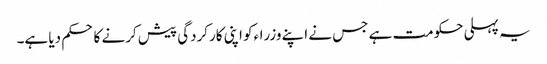
یہ پہلی حکومت ہے جس نے اپنے وزراءکو اپنی کارکردگی پیش کرنے کا حکم دیا ہے۔